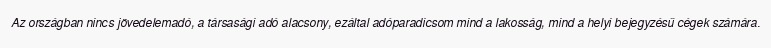
Az országban nincs jövedelemadó, a társasági adó alacsony, ezáltal adóparadicsom mind a lakosság, mind a helyi bejegyzésű cégek számára.